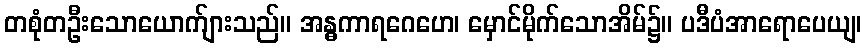
တစုံတဦးသောယောက်ျားသည်။ အန္ဓကာရဂေဟေ၊ မှောင်မိုက်သောအိမ်၌။ ပဒီပံအာရောပေယျ၊